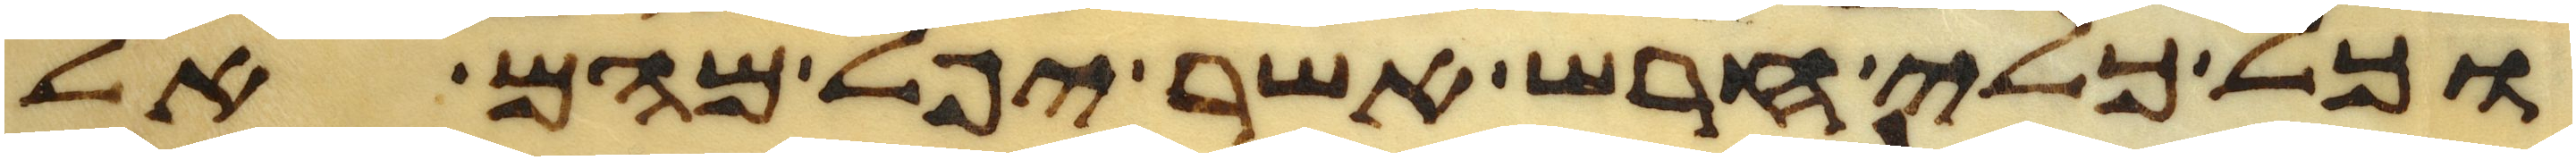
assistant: וכל כלי חרש אשר יפל מהם אל